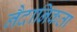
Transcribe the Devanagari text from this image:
नैदानिकता